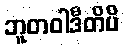
ဘူတဝါဒီတိပိ